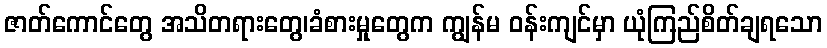
ဇာတ်ကောင်တွေ အသိတရားတွေ၊ခံစားမှုတွေက ကျွန်မ ဝန်းကျင်မှာ ယုံကြည်စိတ်ချရသော